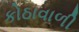
કોઠાવાળી